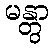
မန္တွာ